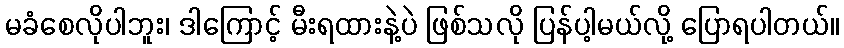
မခံစေလိုပါဘူး၊ ဒါကြောင့် မီးရထားနဲ့ပဲ ဖြစ်သလို ပြန်ပါ့မယ်လို့ ပြောရပါတယ်။